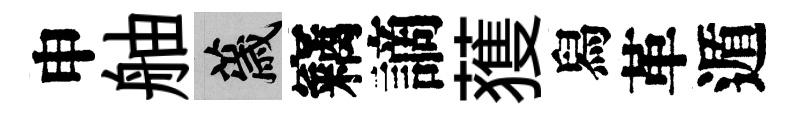
申舳薉竊謫𫉬舄革遁